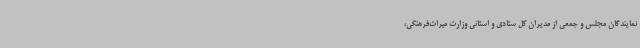
نمایندگان مجلس و جمعی از مدیران کل ستادی و استانی وزارت میراث‌فرهنگی،